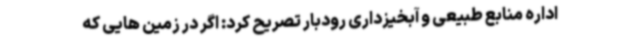
اداره منابع طبیعی و آبخیزداری رودبار تصریح کرد: اگر در زمین هایی که